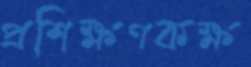
প্রশিক্ষণকক্ষ